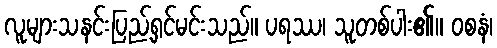
လူများသနင်းပြည့်ရှင်မင်းသည်။ ပရဿ၊ သူတစ်ပါး၏။ ဝစနံ၊